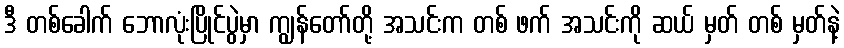
ဒီ တစ်ခေါက် ဘောလုံးပြိုင်ပွဲမှာ ကျွန်တော်တို့ အသင်းက တစ် ဖက် အသင်းကို ဆယ် မှတ် တစ် မှတ်နဲ့